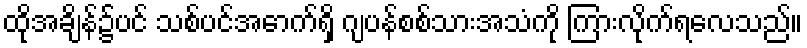
ထိုအချိန်၌ပင် သစ်ပင်အောက်ရှိ ဂျပန်စစ်သားအသံကို ကြားလိုက်ရလေသည်။